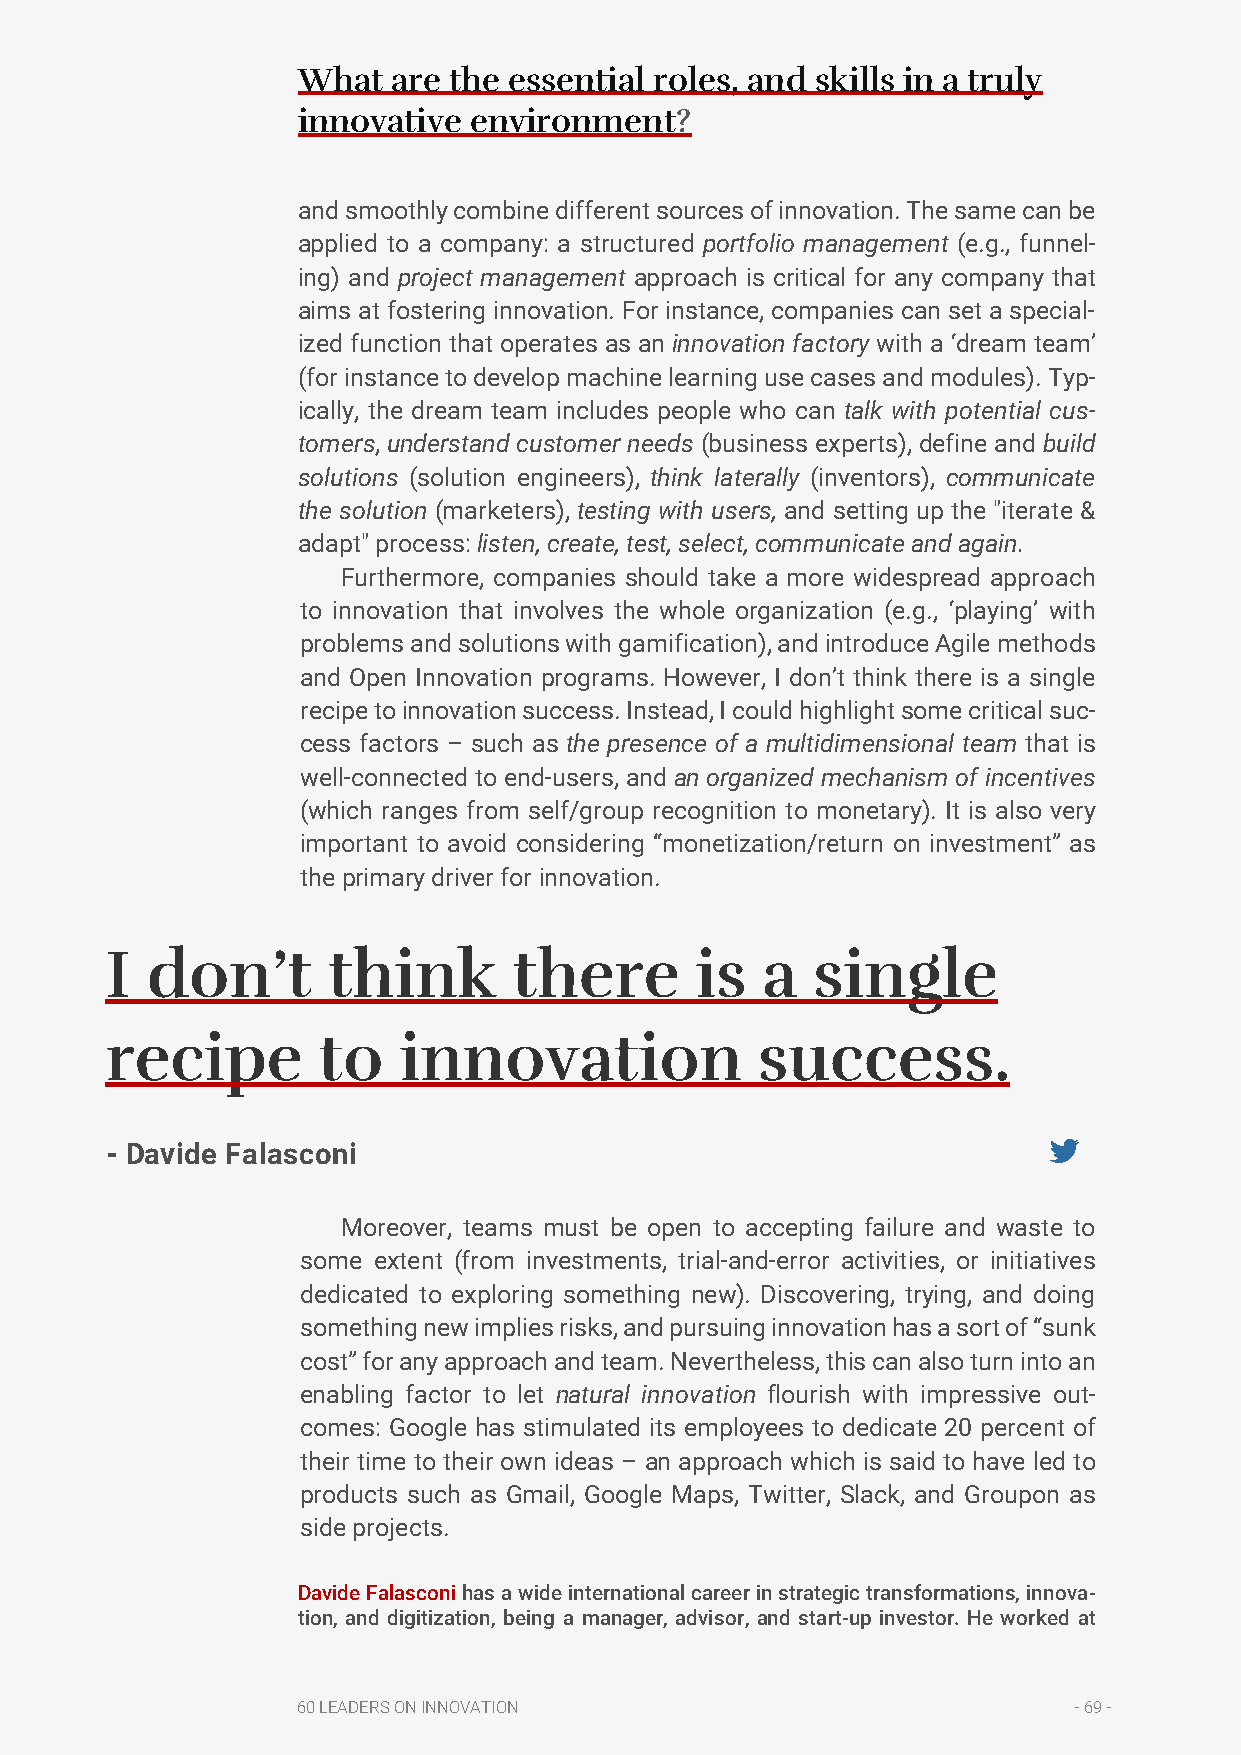
What  are the essential roles, and skills in a truly
 innovative environment?
 and smoothly combine different sources of innovation. The same can be
 applied to a company: a structured portfolio management (e.g., funnel-
 ing) and project management approach is critical for any company that
 aims at fostering innovation. For instance, companies can set a special-
 ized function that operates as an innovation factory with a ‘dream team’
 (for instance to develop machine learning use cases and modules). Typ-
 ically, the dream team includes people who can talk with potential cus-
 tomers, understand customer needs (business experts), define and build
 solutions (solution engineers), think laterally (inventors), communicate
 the solution (marketers), testing with users, and setting up the "iterate &
 adapt" process: listen, create, test, select, communicate and again.
 Furthermore, companies should take a more widespread approach
 to innovation that involves the whole organization (e.g., ‘playing’ with
 problems and solutions with gamification), and introduce Agile methods
 and Open Innovation programs. However, I don’t think there is a single
 recipe to innovation success. Instead, I could highlight some critical suc-
 cess factors – such as the presence of a multidimensional team that is
 well-connected to end-users, and an organized mechanism of incentives
 (which ranges from self/group recognition to monetary). It is also very
 important to avoid considering “monetization/return on investment” as
 the primary driver for innovation.
 I  don’t       think       there       is  a   single
 recipe        to   innovation              success.
 - Davide Falasconi
 Moreover, teams must be open to accepting failure and waste to
 some extent (from investments, trial-and-error activities, or initiatives
 dedicated to exploring something new). Discovering, trying, and doing
 something new implies risks, and pursuing innovation has a sort of “sunk
 cost” for any approach and team. Nevertheless, this can also turn into an
 enabling factor to let natural innovation flourish with impressive out-
 comes: Google has stimulated its employees to dedicate 20 percent of
 their time to their own ideas – an approach which is said to have led to
 products such as Gmail, Google Maps, Twitter, Slack, and Groupon as
 side projects.
 Davide Falasconi has a wide international career in strategic transformations, innova-
 tion, and digitization, being a manager, advisor, and start-up investor. He worked at
 60 LEADERS ON INNOVATION                           - 69 -